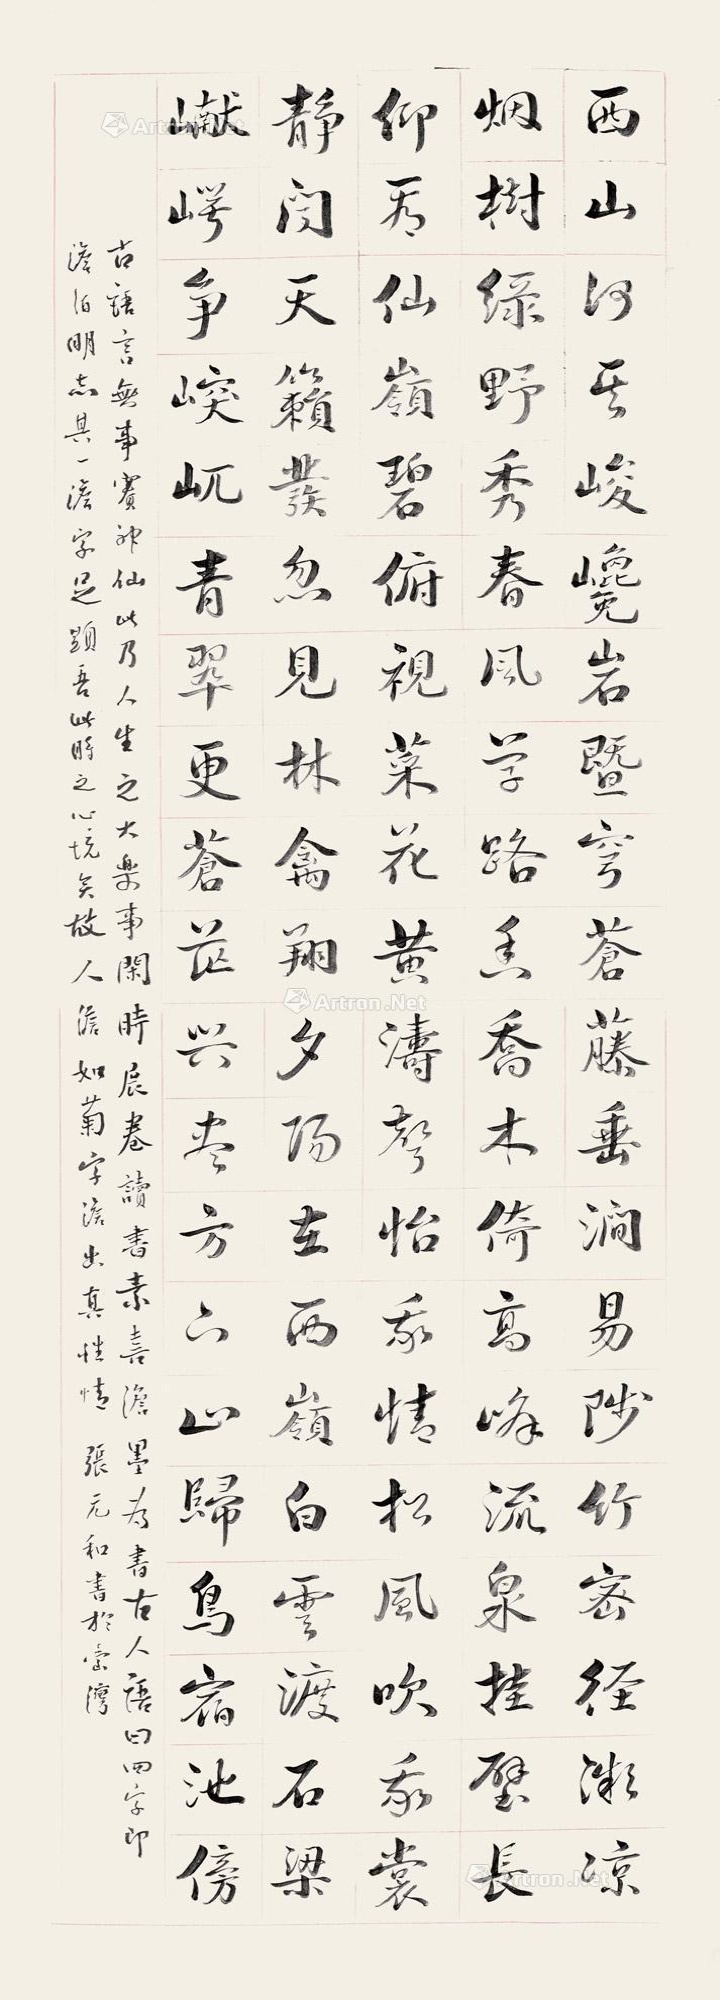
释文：西山何其峻，巉岩暨穹苍。藤垂涧易陟，竹密径微凉。烟树绿野秀，春风学路香。乔木倚高峰，流泉挂壁长。仰看仙岭碧，俯视菜花黄。涛声怡我情，松风吹我裳。静闻天籁发，忽见林禽翔。夕阳在西岭，白云渡石梁。𪩘崿争突兀，青翠更苍茫，兴尽方下山，归鸟宿池傍。古语言：“无事赛神仙”。此乃人生之大乐事。闲时展卷读书，素喜淡墨为书，古人语曰四字，即“淡泊明志”，其一“淡”字，足显吾此时之心境矣。故人淡如菊，字淡出真性情。张元和书于台湾。